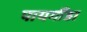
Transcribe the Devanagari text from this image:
पायगौंडा